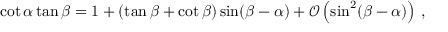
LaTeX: \cot \alpha \tan \beta = 1 + ( \tan \beta + \cot \beta ) \sin ( \beta - \alpha ) + \mathcal { O } \left( \sin ^ { 2 } ( \beta - \alpha ) \right) \, ,